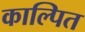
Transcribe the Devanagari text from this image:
काल्पित